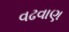
વઢવાણ